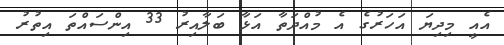
އެއީ މިދިޔަ އަހަރުގެ އެ މުއްދަތާ އަޅާ ބަލާއިރު 33 އިންސައްތަ އިތުރު